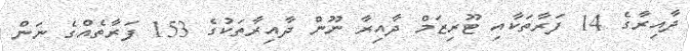
ދާއިރާގެ 14 ފަރާތަކާއި ޓޫރިޒަމް ދާއިރާ ނޫން ދާއިރާތަކުގެ 153 ފަރާތެއްގެ ނަން